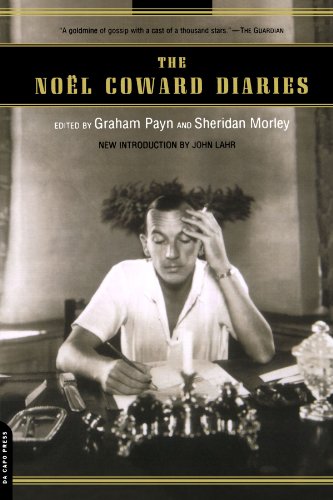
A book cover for The NoÃ«l Coward Diaries; Graham Payn; Literature & Fiction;